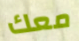
معك